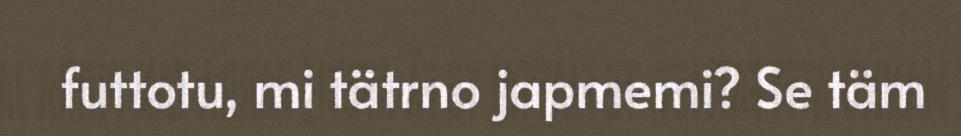
futtotu, mi tätrno japmemi? Se täm